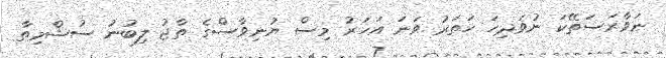
ނަވާރަސަތޭކަ ނުވަދިހަ ހަތަރު ވަނަ އަހަރު މިސް ޔުނިވާސްގެ ތާޖު ލިބުނު ސުޝްމިތާ